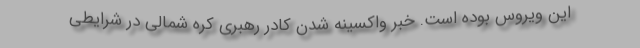
این ویروس بوده است. خبر واکسینه شدن کادر رهبری کره شمالی در شرایطی